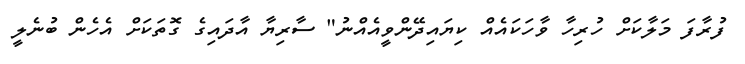
ފުރާފަ މަލާކަށް ހުރިހާ ވާހަކައެއް ކިޔައިދޭންވީއެއްނު" ސާރިޔާ އާދައިގެ ގޮތަކަށް އެހެން ބުނެލީ